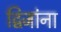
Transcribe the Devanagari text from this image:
द्विजांना